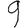
Digit: 9